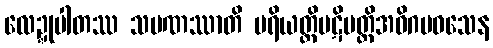
လေဍ္ဍုပါတဿ သမဏဿာတိ ပရိယတ္တိပဋိပတ္တိအဓိဂမဝသေန